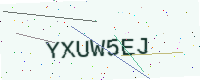
Text: YXUW5EJ